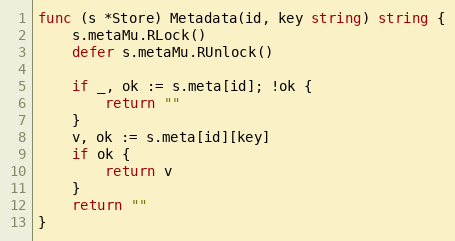
Language: Go
func (s *Store) Metadata(id, key string) string {
	s.metaMu.RLock()
	defer s.metaMu.RUnlock()

	if _, ok := s.meta[id]; !ok {
		return ""
	}
	v, ok := s.meta[id][key]
	if ok {
		return v
	}
	return ""
}